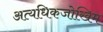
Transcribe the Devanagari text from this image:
अत्यधिकजोखिम